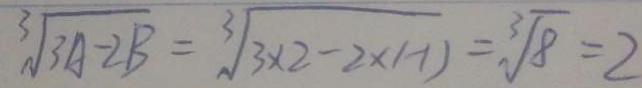
\sqrt [ 3 ] { 3 A - 2 B } = \sqrt [ 3 ] { 3 \times 2 - 2 \times ( - 1 ) } = \sqrt [ 3 ] { 8 } = 2